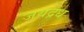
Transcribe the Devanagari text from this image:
जयद्रध